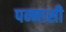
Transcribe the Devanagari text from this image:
पन्नासी